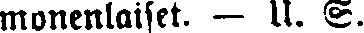
monenlaiset. — U. S.